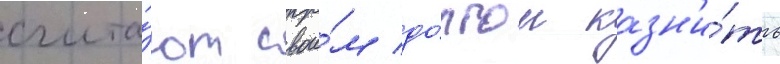
счита́ют свои́м до́лгом казн'и́ть